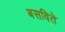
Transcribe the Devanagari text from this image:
बसविते